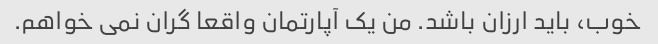
خوب، باید ارزان باشد. من یک آپارتمان واقعا گران نمی خواهم.